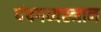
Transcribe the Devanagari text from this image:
पंचगव्यस्नान